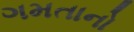
ગમતાનો